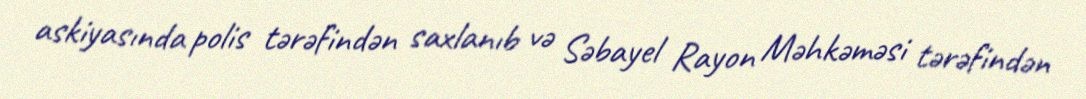
askiyasında polis tərəfindən saxlanıb və Səbayel Rayon Məhkəməsi tərəfindən